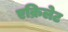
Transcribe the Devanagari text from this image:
एक्रिलेट